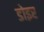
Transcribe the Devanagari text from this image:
डोइर